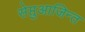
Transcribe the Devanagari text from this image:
सेप्तुआजिन्त